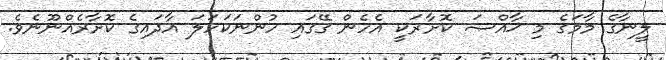
ލީނާގެ މާމަގެ މި ޚާއްޞަ ކޮށާރަކީ އެހެން ގޭގައި ހުންނަކަހަލަ އާދައިގެ ކޮށާރެއްނޫނެވެ.